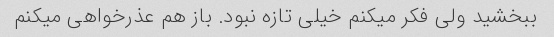
ببخشید ولی فکر میکنم خیلی تازه نبود. باز هم عذرخواهی میکنم